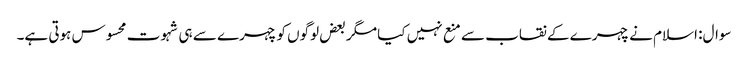
سوال: اسلام نے چہرے کے نقاب سے منع نہیں کیا مگر بعض لوگوں کو چہرے سے ہی شہوت محسوس ہوتی ہے۔